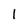
Character: l